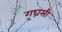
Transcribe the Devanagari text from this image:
गृघ्रसी